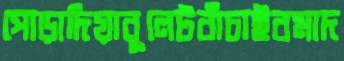
পোড়াদিয়াবুলেটবাঁচাইবমাদ